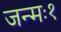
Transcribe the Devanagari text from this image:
जन्मः१